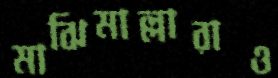
মাঝিমাল্লারাও